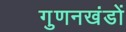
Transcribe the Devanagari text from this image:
गुणनखंडों